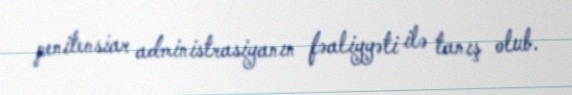
penitensiar administrasiyanın fəaliyyəti ilə tanış olub.